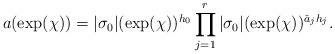
LaTeX: \begin{align*}a(\exp(\chi))=\vert \sigma_0\vert(\exp(\chi))^{h_0}\prod_{j=1}^r \vert \sigma_0\vert(\exp(\chi))^{\check a_j h_j}.\end{align*}